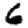
Digit: 6